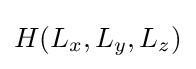
H(L_{x},L_{y},L_{z})